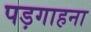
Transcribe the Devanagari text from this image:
पड़गाहना